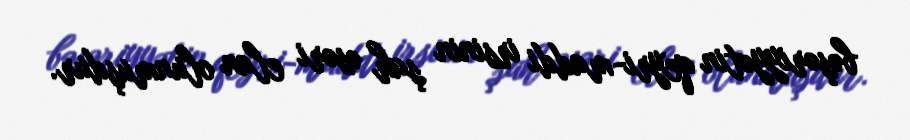
bəşəriyyətin qeyri-maddi irsinin şah əsəri elan olunmuşdur.